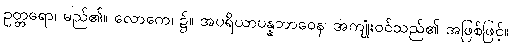
ဥတ္တရော၊ မည်၏။ လောကေ၊ ၌။ အပရိယာပန္နဘာဝေန၊ အကျုံးဝင်သည်၏ အဖြစ်ဖြင့်။